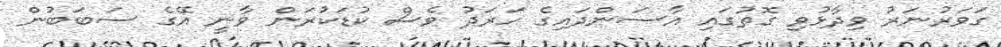
ގަވަރުނަރު ވިދާޅުވި ގޮތުގައި އާސަންދައިގެ ހަރަދު ވެސް ކުޑަކުރަން ވާނީ އޭގެ ސަބަބުން